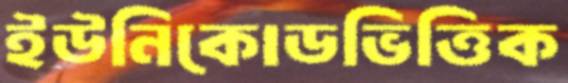
ইউনিকোডভিত্তিক